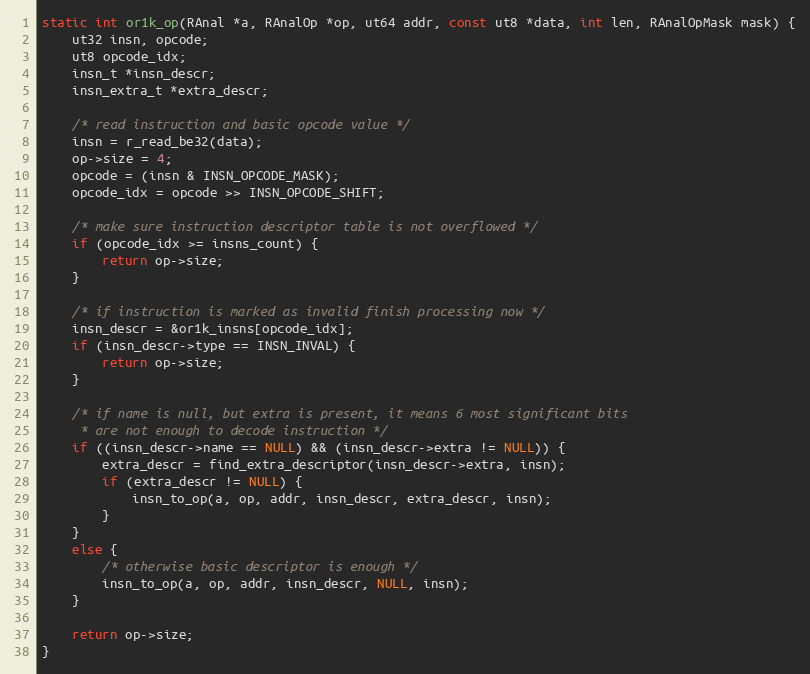
Language: C
static int or1k_op(RAnal *a, RAnalOp *op, ut64 addr, const ut8 *data, int len, RAnalOpMask mask) {
	ut32 insn, opcode;
	ut8 opcode_idx;
	insn_t *insn_descr;
	insn_extra_t *extra_descr;

	/* read instruction and basic opcode value */
	insn = r_read_be32(data);
	op->size = 4;
	opcode = (insn & INSN_OPCODE_MASK);
	opcode_idx = opcode >> INSN_OPCODE_SHIFT;

	/* make sure instruction descriptor table is not overflowed */
	if (opcode_idx >= insns_count) {
		return op->size;
	}

	/* if instruction is marked as invalid finish processing now */
	insn_descr = &or1k_insns[opcode_idx];
	if (insn_descr->type == INSN_INVAL) {
		return op->size;
	}

	/* if name is null, but extra is present, it means 6 most significant bits
	 * are not enough to decode instruction */
	if ((insn_descr->name == NULL) && (insn_descr->extra != NULL)) {
		extra_descr = find_extra_descriptor(insn_descr->extra, insn);
		if (extra_descr != NULL) {
			insn_to_op(a, op, addr, insn_descr, extra_descr, insn);
		}
	}
	else {
		/* otherwise basic descriptor is enough */
		insn_to_op(a, op, addr, insn_descr, NULL, insn);
	}

	return op->size;
}